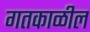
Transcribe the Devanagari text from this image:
गतकाळील